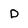
Character: D